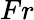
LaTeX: Fr